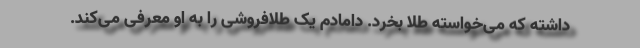
داشته که می‌خواسته طلا بخرد. دامادم یک طلافروشی را به او معرفی می‌کند.